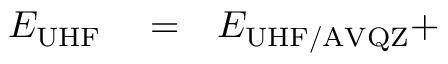
\begin{array} { r l r } { E _ { \mathrm { U H F } } } & { { } = } & { E _ { \mathrm { U H F / A V Q Z } } + } \end{array}